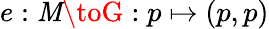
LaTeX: e:\mathit{M}\toG:p\mapsto(p,p)